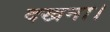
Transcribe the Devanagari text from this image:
दखना।